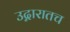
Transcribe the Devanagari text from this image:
उद्गारातच